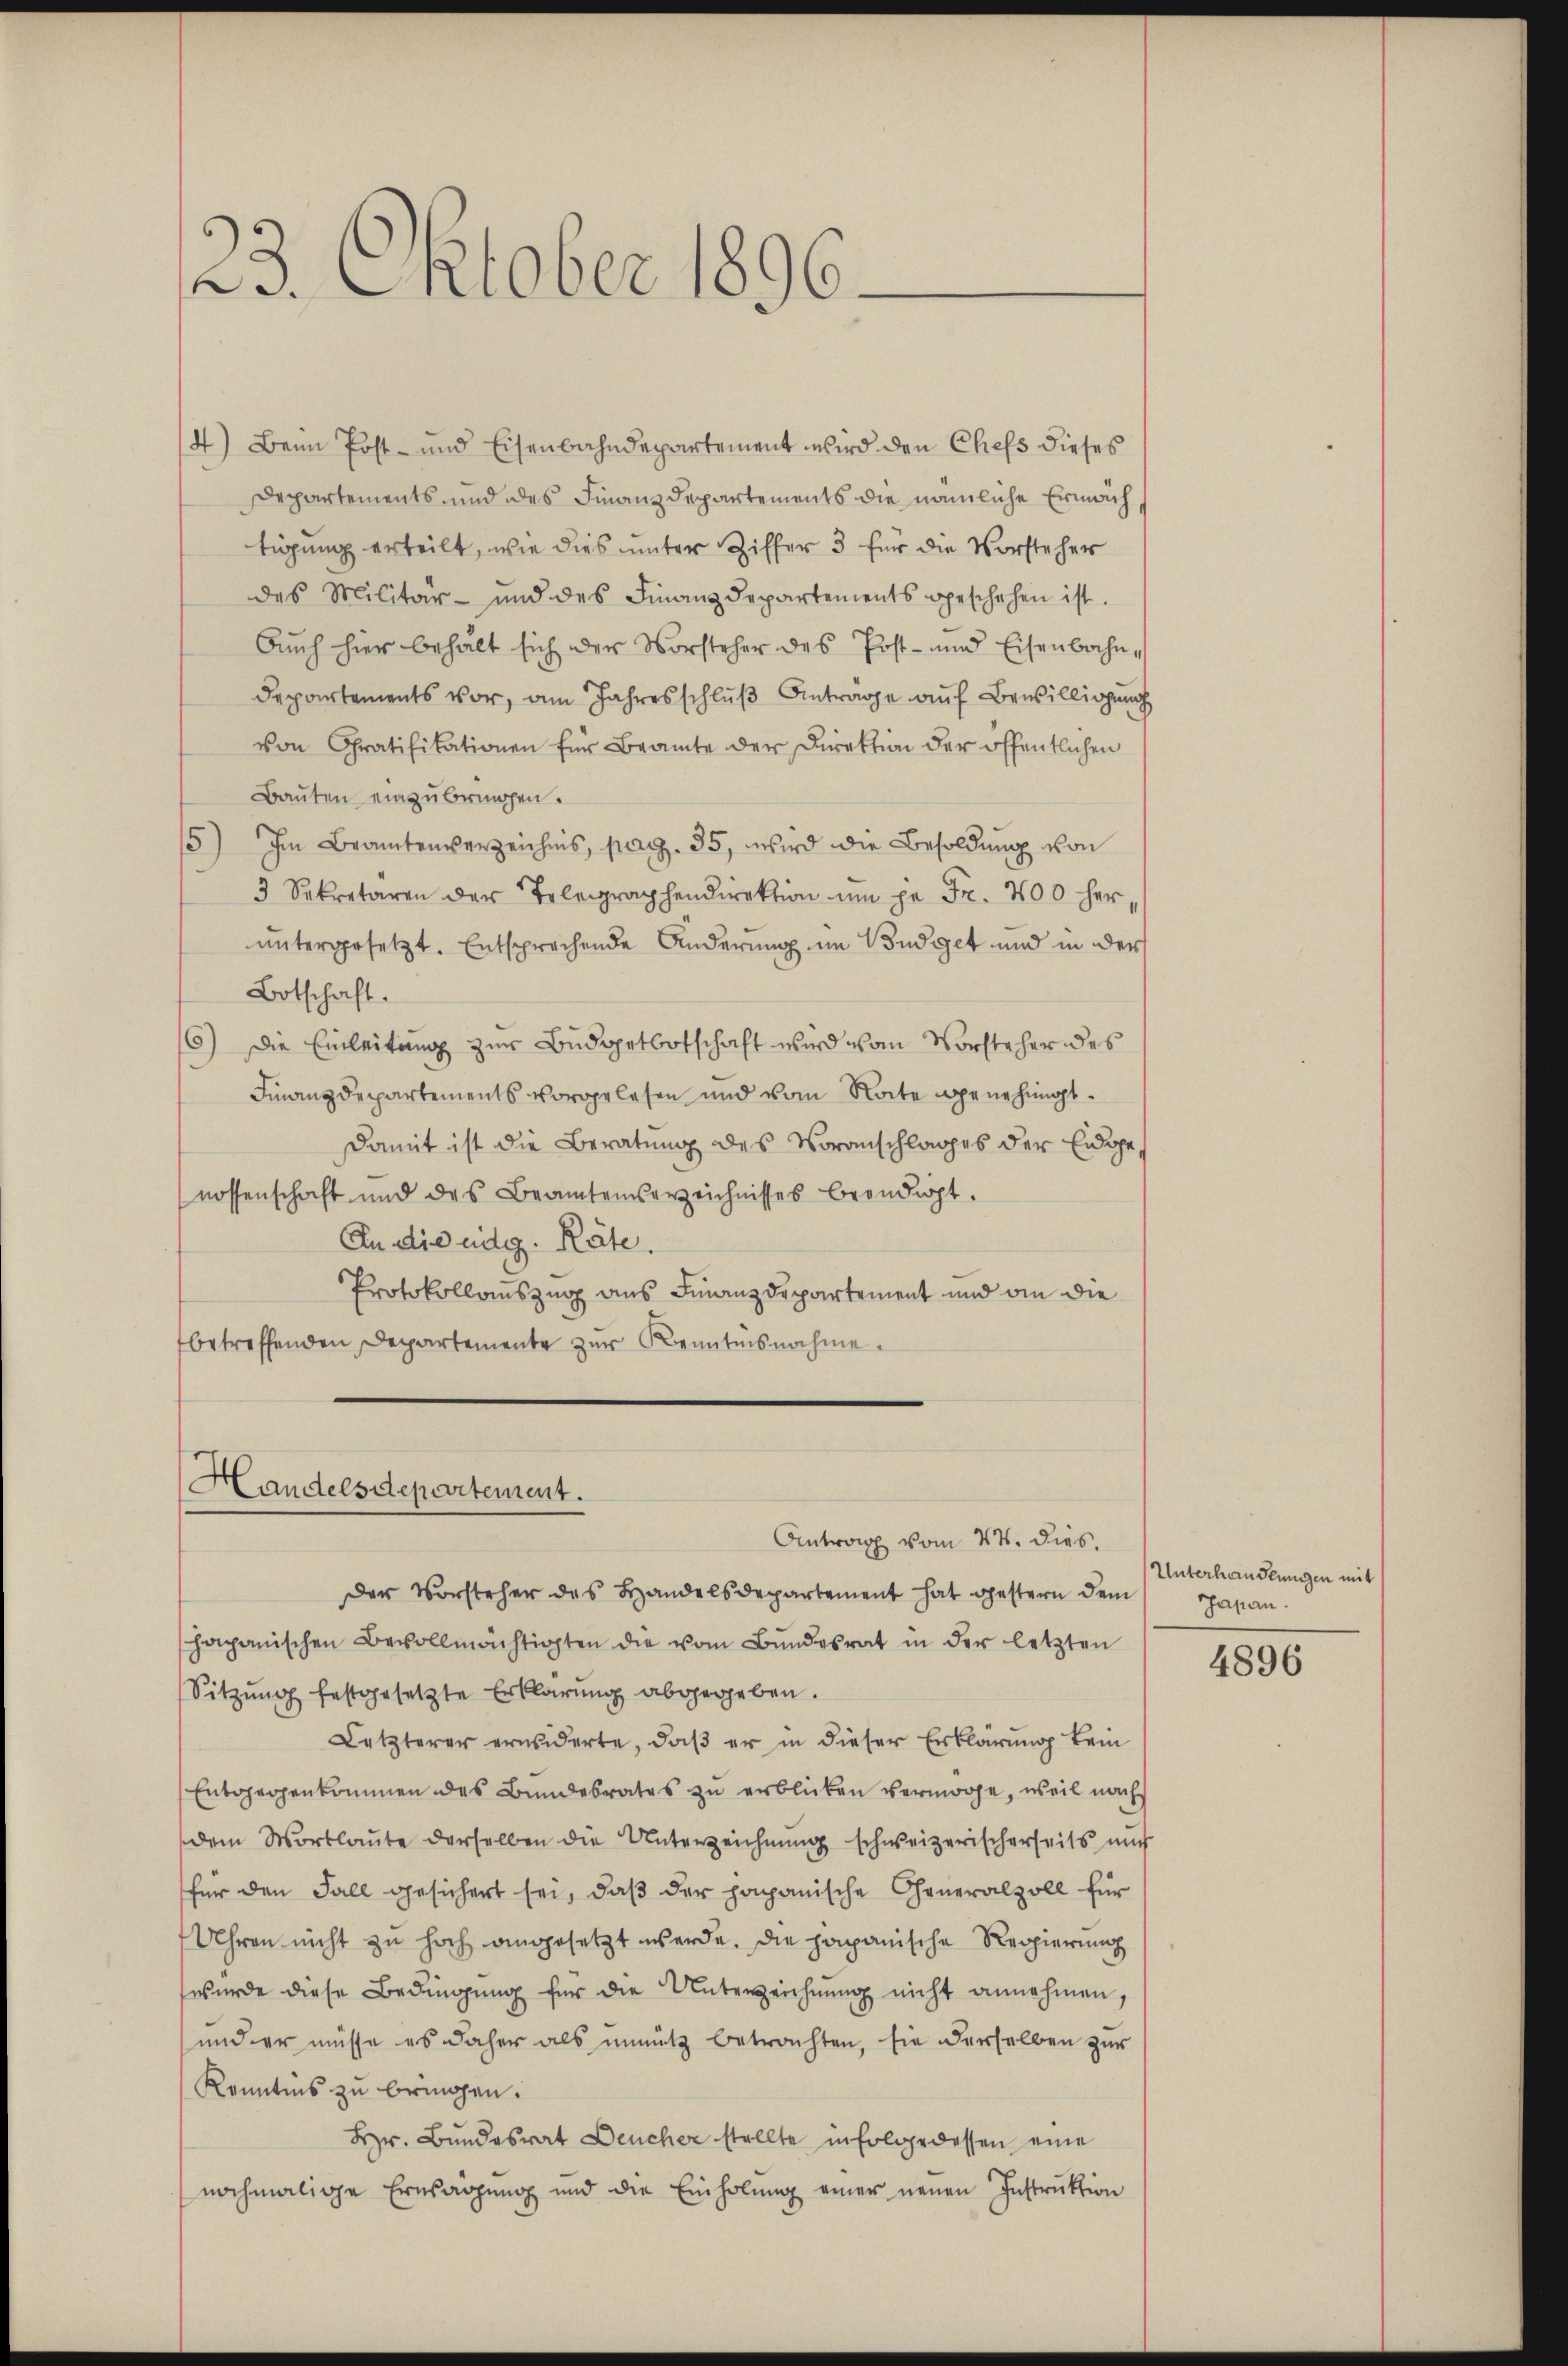
23. Oktober 1896.

4) Beim Post- und Eisenbahndepartement wird den Chefs dieses
Departements und des Finanzdepartements die nämliche Ermäch
tigung erteilt, wie dies unter Ziffer 3 für die Vorsteher
des Militär- und des Finanzdepartements geschehen ist.
Auch hier behält sich der Vorsteher des Post- und Eisenbahn¬
Departements vor, am Jahresschlŭβ Antrage auf Bewilligung
von Gratifikationen für Beamte der Direktion der öffentlichen
Bauten einzubringen.
15) Im Beamtenverzeichnis, pag. 35, wird die Besoldung von
3 Sekretären der Telegraphendirektion um je Fr. 400 her,
untergesetzt. Entsprechende Änderung im Budget und in der
Botschaft.
6) Die Einleitung zur Budgetbotschaft wird vom Vorsteher des
Finanzdepartements vorgelesen und vom Note genehmigt.
damit ist die Beratung des Voranschlages der Eidge
nossenschaft und des Beamtenverzeichnisses beendigt.
An die eidg. Räte.
Protokollauszug aus Finanzdepartement und ain die
betreffenden Departemente zur Kenntnisnahme.

s
Handelsdepartement.
Antrag vom 24. dies.

Der Vorsteher des Handelsdepartement hat gestern dem
hapanischen Bevollmächtigten die vom Bŭndesrat in der letzten
Sitzung festgesetzte Erklärung abgegeben.
Letzterer erwiderte, daβ er in dieser Erklärung kein
Entgegenkommen des Bundesrates zu erblicken vermöge, weil nach
dem Wortlaute derselben die Unterzeichnung schweizerischerseits mus
für den Fall gesichert sei, daβ der papanische Generalzoll für
Uhren nicht zu hoch angesetzt werde. Die papanische Regierung
wurde diese Bedingung für die Unterzeichnung nicht annehmen,
und er müsse es daher als unnütz betrachten, sie derselben zur
Kenntnis zu bringen.
Hr. Bundesrat Deucher stellte in Folge dessen eine
nochmalige Ernsärgung und die Einholung einer neuen Instruktion

Unterhanderungen mit
Japan.

4896